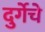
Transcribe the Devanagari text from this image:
दुर्गेचे